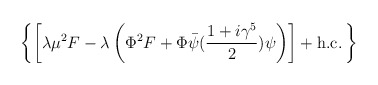
\begin{align*}\left\{ \left[ \lambda\mu^2 F -\lambda\left(\Phi^2F+ \Phi \bar\psi ({1+i\gamma^5 \over 2})\psi\right) \right] +{\rm h.c.} \, \right\}\end{align*}